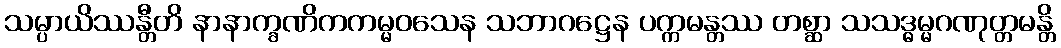
သမ္ပာယိဿန္တီတိ နာနာက္ခဏိကကမ္မဝသေန သဘာဂဋ္ဌေန ပက္ကမန္တဿ တစ္ဆာ သသဒ္ဓမ္မဂဏုတ္တမန္တိ